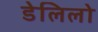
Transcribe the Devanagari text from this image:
डेलिलो